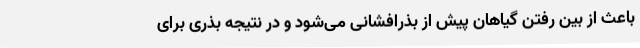
باعث از بین رفتن گیاهان پیش از بذرافشانی می‌شود و در نتیجه بذری برای